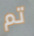
تم